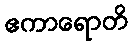
ဧကာရောတိ